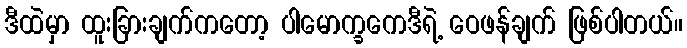
ဒီထဲမှာ ထူးခြားချက်ကတော့ ပါမောက္ခကေဒီရဲ့ ဝေဖန်ချက် ဖြစ်ပါတယ်။